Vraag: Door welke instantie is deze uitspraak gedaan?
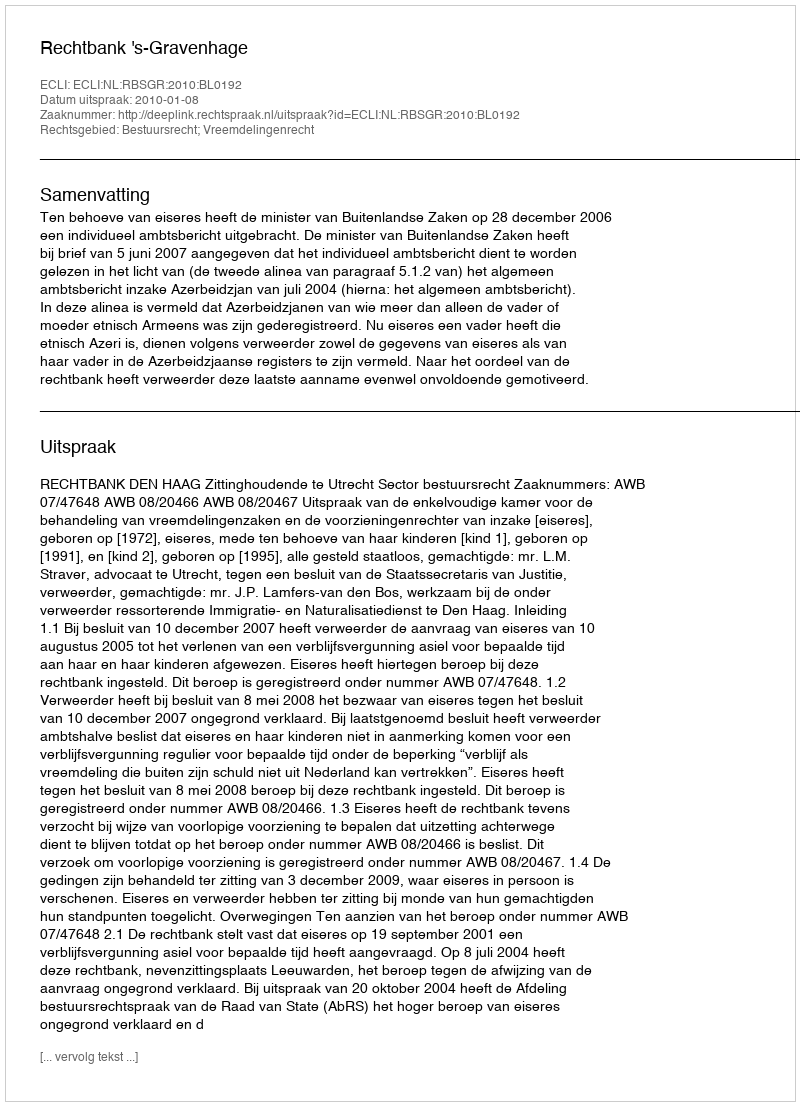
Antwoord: Rechtbank 's-Gravenhage